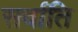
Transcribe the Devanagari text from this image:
सर्वाति